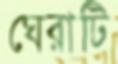
ঘেরাটি